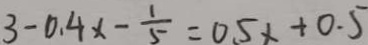
3 - 0 . 4 x - \frac { 1 } { 5 } = 0 . 5 x + 0 . 5